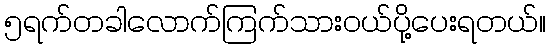
၅ရက်တခါလောက်ကြက်သားဝယ်ပို့ပေးရတယ်။